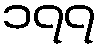
၁၇၇